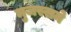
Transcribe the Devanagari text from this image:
मुजस्समे